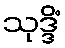
သုဒ္ဒိံ